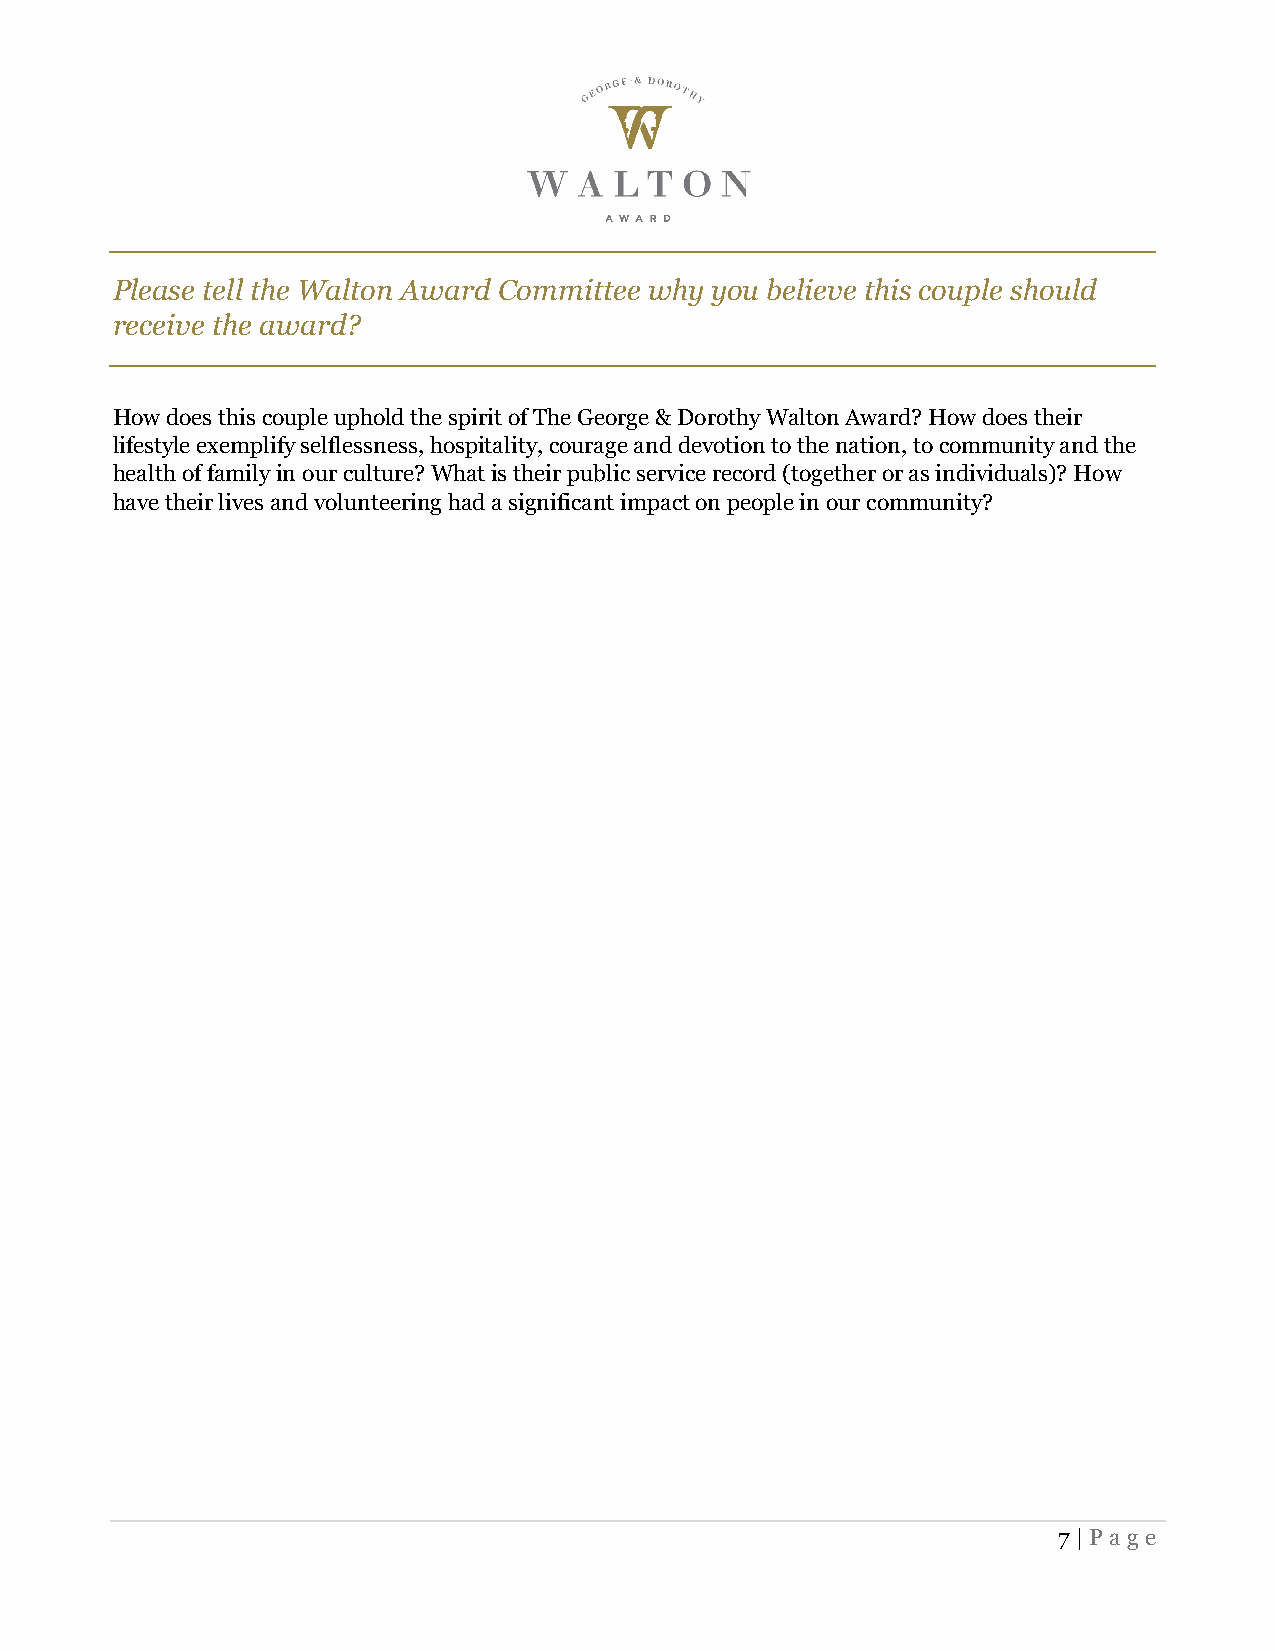
Please tell the Walton Award Committee why you believe this couple should
 receive the award?
 How does this couple uphold the spirit of The George & Dorothy Walton Award? How does their
 lifestyle exemplify selflessness, hospitality, courage and devotion to the nation, to community and the
 health of family in our culture? What is their public service record (together or as individuals)? How
 have their lives and volunteering had a significant impact on people in our community?
 7 | Page